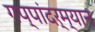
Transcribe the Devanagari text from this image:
गप्पांदर्म्यान